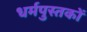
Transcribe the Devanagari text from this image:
धर्मपुस्तकों